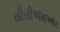
સીસીએમઆર